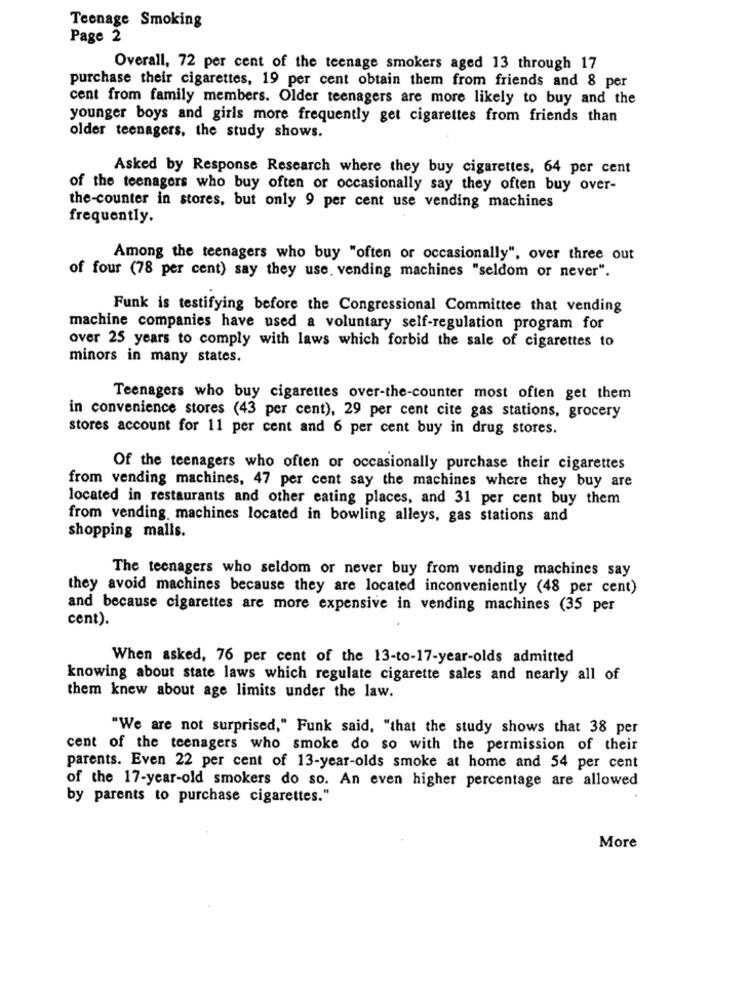
Teenage Smoking
Page 2
Overall, 72 per cent of the teenage smokers aged 13 through 17
purchase their cigarettes, 19 per cent obtain them from friends and 8 per
cent from family members. Older teenagers are more likely to buy and the
younger boys and girls more frequently get cigarettes from friends than
older teenagers, the study shows.
Asked by Response Research where they buy cigarettes, 64 per cent
of the teenagers who buy often or occasionally say they often buy over-
the-counter in stores, but only 9 per cent use vending machines
frequently.
Among the teenagers who buy "often or occasionally", over three out
of four (78 per cent) say they use. vending machines "seldom or never".
Funk is testifying before the Congressional Committee that vending
machine companies have used a voluntary self-regulation program for
over 25 years to comply with laws which forbid the sale of cigarettes to
minors in many states.
Teenagers who buy cigarettes over-the-counter most often get them
in convenience stores (43 per cent), 29 per cent cite gas stations, grocery
stores account for 11 per cent and 6 per cent buy in drug stores.
Of the teenagers who often or occasionally purchase their cigarettes
from vending machines, 47 per cent say the machines where they buy are
located in restaurants and other eating places, and 31 per cent buy them
from vending machines located in bowling alleys, gas stations and
shopping malls.
The teenagers who seldom or never buy from vending machines say
they avoid machines because they are located inconveniently (48 per cent)
and because cigarettes are more expensive in vending machines (35 per
cent).
When asked, 76 per cent of the 13-to-17-year-olds admitted
knowing about state laws which regulate cigarette sales and nearly all of
them knew about age limits under the law.
"We are not surprised," Funk said, "that the study shows that 38 per
cent of the teenagers who smoke do so with the permission of their
parents. Even 22 per cent of 13-year-olds smoke at home and 54 per cent
of the 17-year-old smokers do so. An even higher percentage are allowed
by parents to purchase cigarettes."
More